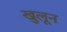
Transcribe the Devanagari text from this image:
खुलून